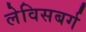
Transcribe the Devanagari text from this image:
लेविसबर्ग